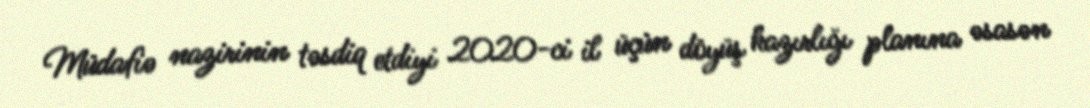
Müdafiə nazirinin təsdiq etdiyi 2020-ci il üçün döyüş hazırlığı planına əsasən